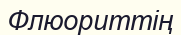
Флюориттің